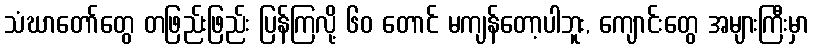
သံဃာတော်တွေ တဖြည်းဖြည်း ပြန်ကြလို့ ၆၀ တောင် မကျန်တော့ပါဘူး, ကျောင်းတွေ အများကြီးမှာ